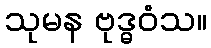
သုမန ဗုဒ္ဓဝံသ။